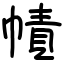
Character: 幘